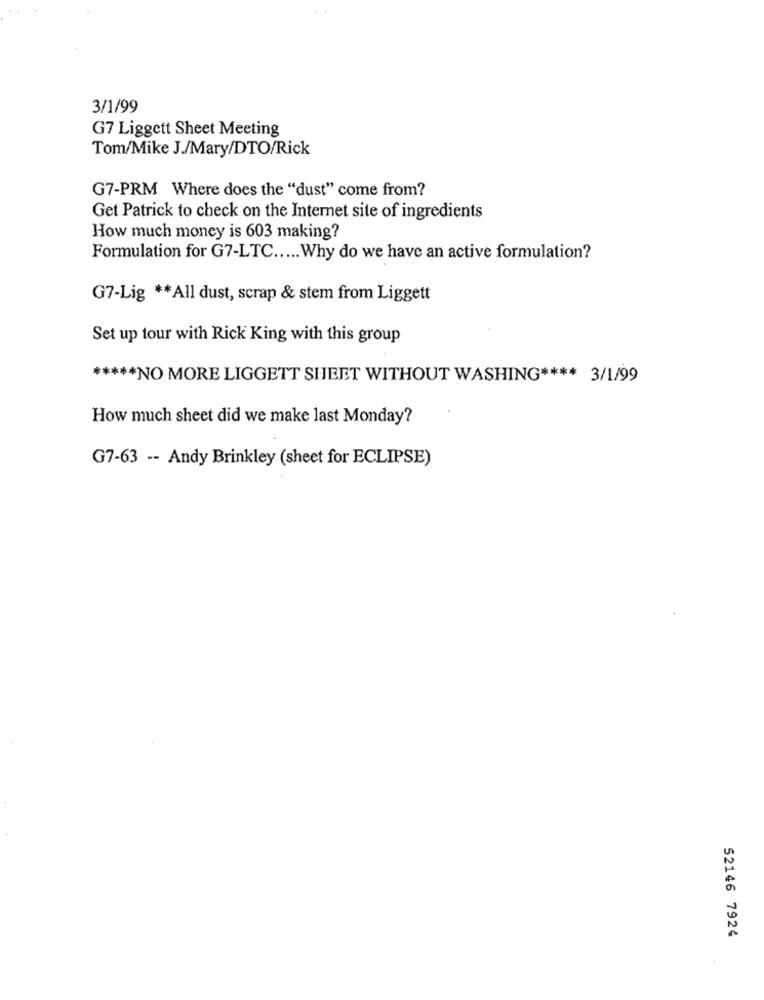
3/1/99
G7 Liggett Sheet Meeting
Tom/Mike J./Mary/DTO/Rick
G7-PRM Where does the "dust" come from?
Get Patrick to check on the Internet site of ingredients
How much money is 603 making?
Formulation for G7-LTC ..... Why do we have an active formulation?
G7-Lig ** All dust, scrap & stem from Liggett
Set up tour with Rick King with this group
***** NO MORE LIGGETT SHEET WITHOUT WASHING **** 3/1/99
How much sheet did we make last Monday?
G7-63 -- Andy Brinkley (sheet for ECLIPSE)
52146 7924